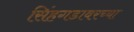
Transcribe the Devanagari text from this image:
सिंहगडावरच्या